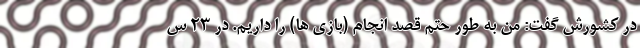
در کشورش گفت: من به طور حتم قصد انجام (بازی ها) را داریم. در ۲۳ س